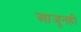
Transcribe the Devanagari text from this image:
आजूनही